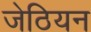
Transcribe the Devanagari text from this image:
जेठियन